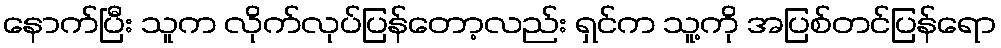
နောက်ပြီး သူက လိုက်လုပ်ပြန်တော့လည်း ရှင်က သူ့ကို အပြစ်တင်ပြန်ရော